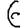
Digit: 6